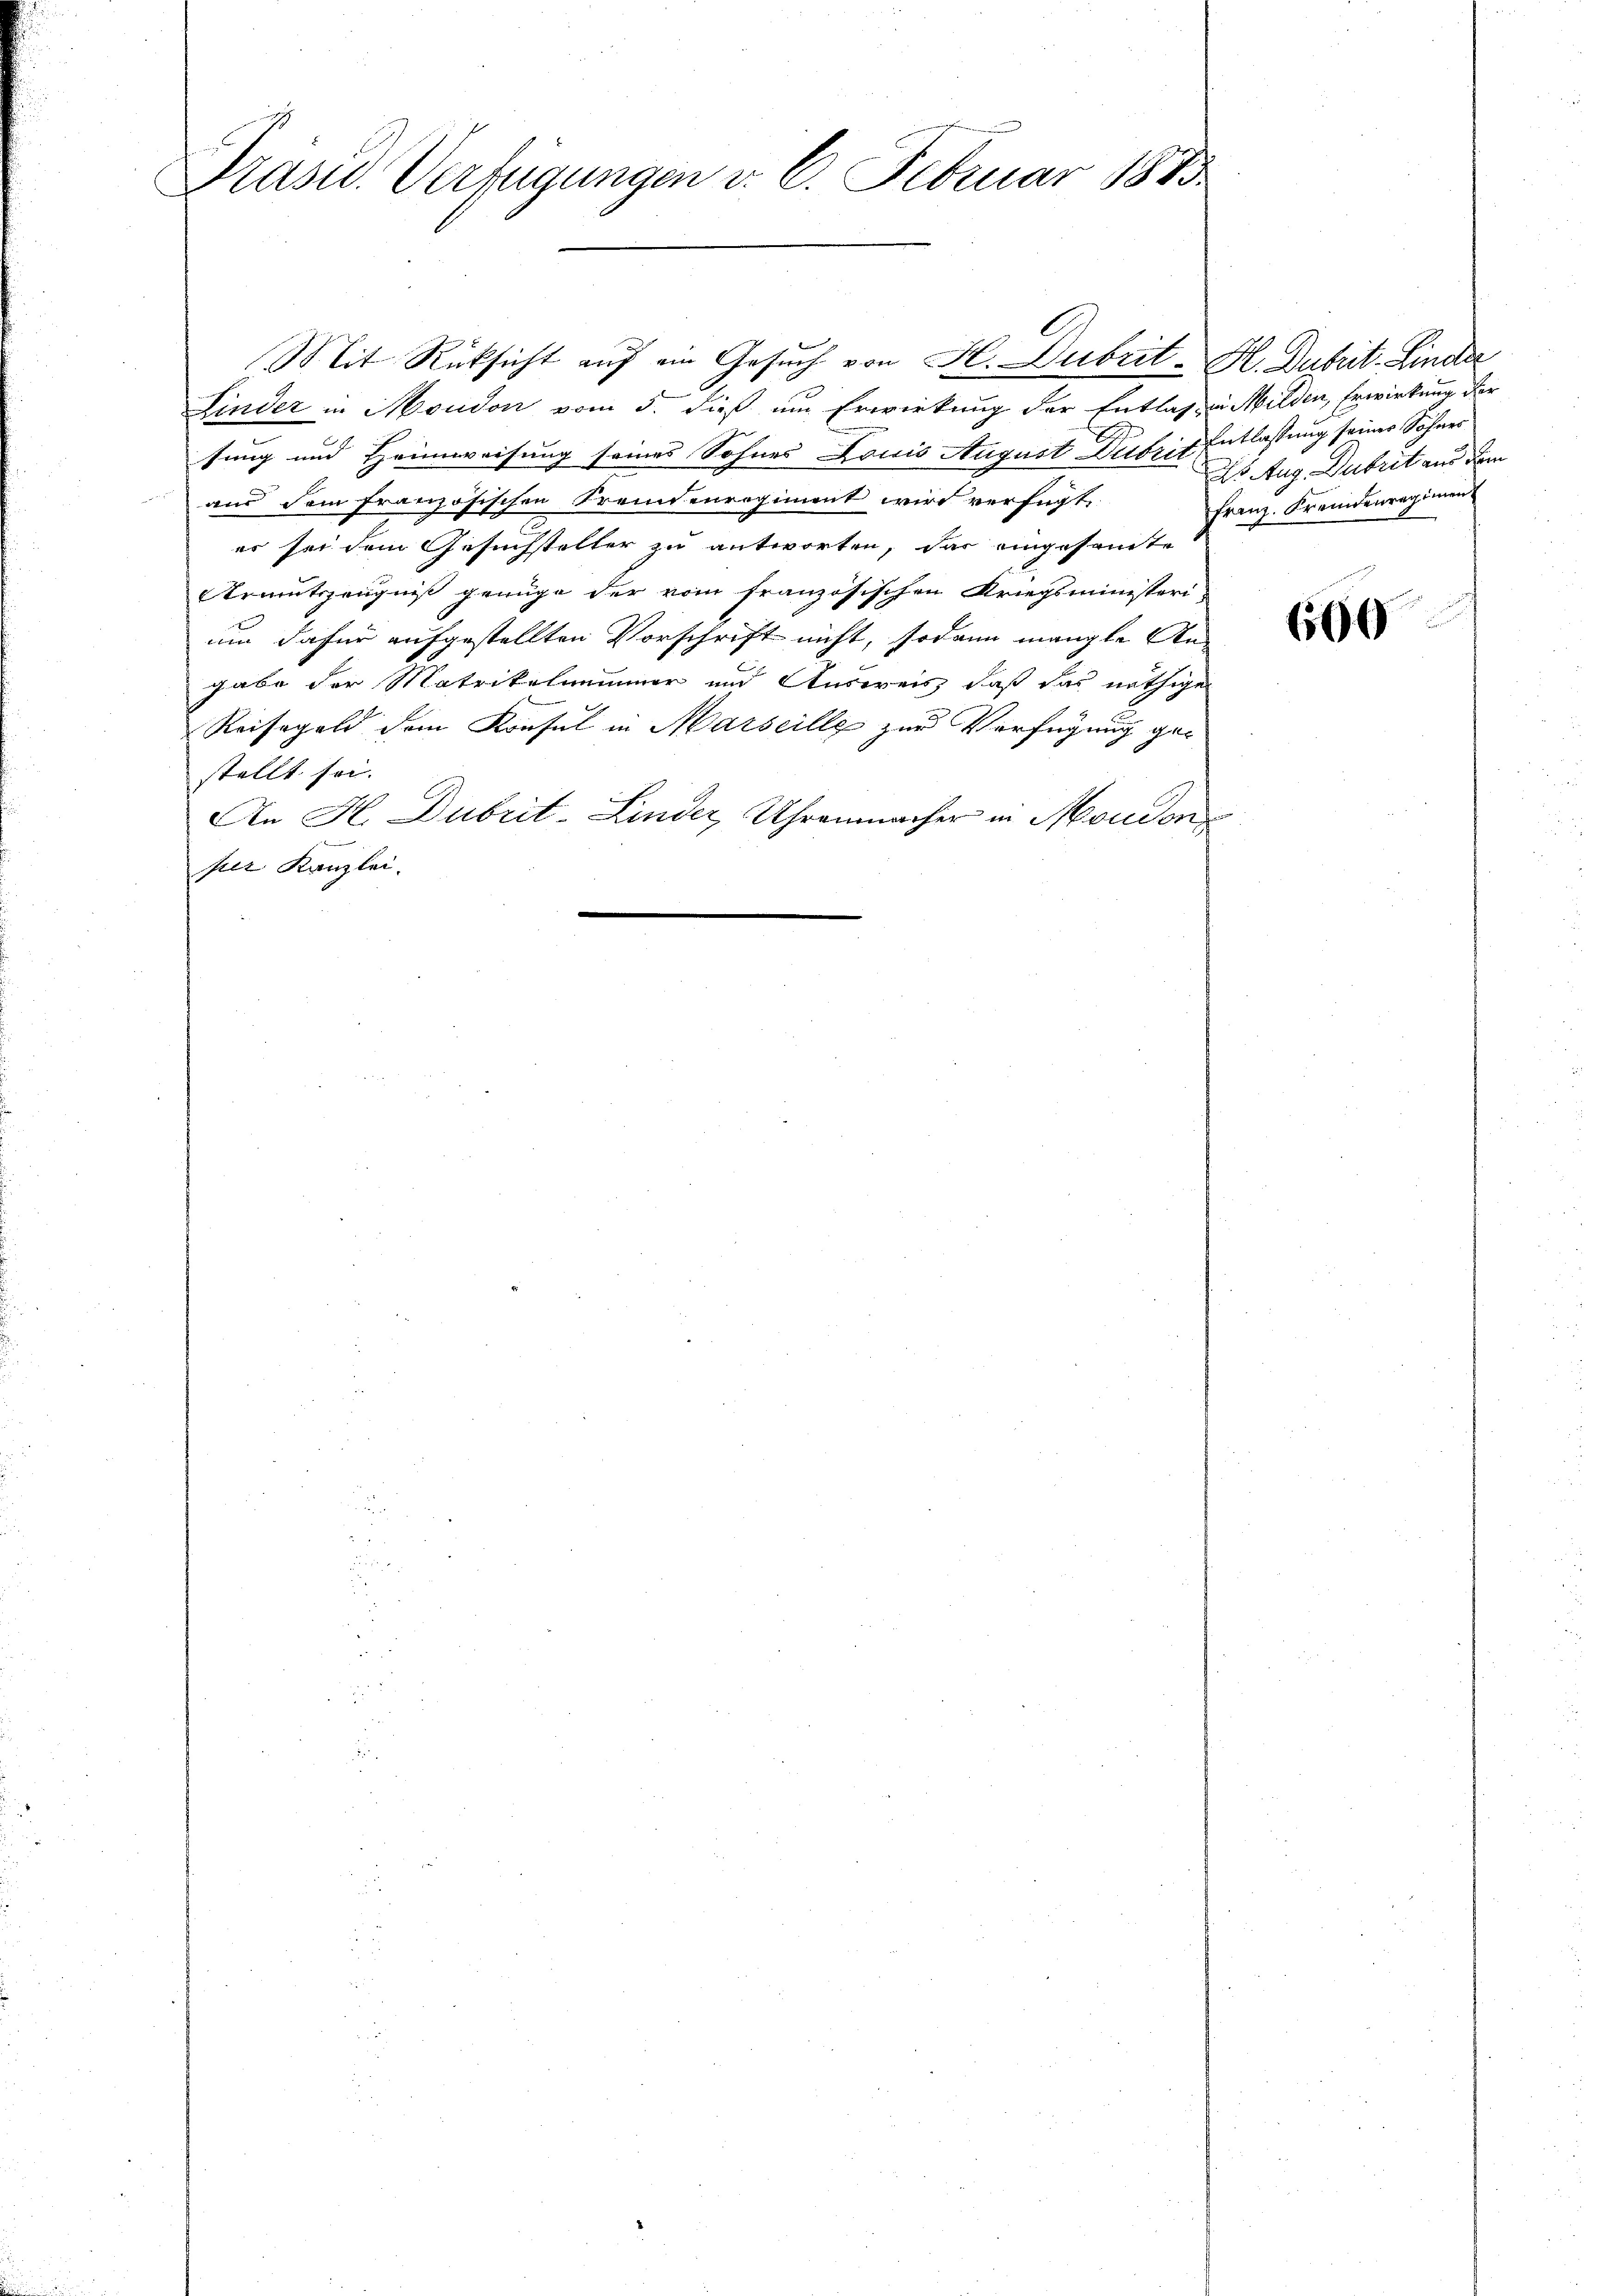
Präsid.. Verfügungen d. 6. Februar 1883

Mit Rücksicht auf ein Gesuch von H. Dubrit-H. Dubrit. Linder
Linder in Moudon vom 5. dieß um Erwirkung der Entlass in Milden, Erwirkung der
sung und Heimweisung seines Sohnes Louis August Dubris Entlassung seiner Sohnes
aus dem französischen Fremdenregiment wird verfügt
er sei dem Gesuchsteller zu antworten, das eingesamte
Armutszeugniß genüge der vom französischen Kriegsministeri-
um dafür aufgestellten Vorschrift nicht, sodann mangte An-
gabe der Matrikelnimmer und Ausweis, daß das nöthige
Reisegeld dem Konsul in Marseille zur Verfügung ger
stellt sei.
An H. Dubrit-Linder, Uhrenmacher in Moudon
ser Kanzlei.

s Aug. Dabritt aus dem
Franz. Fremdenregiment

600